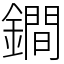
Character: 鐧